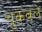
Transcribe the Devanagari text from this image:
चुकवले